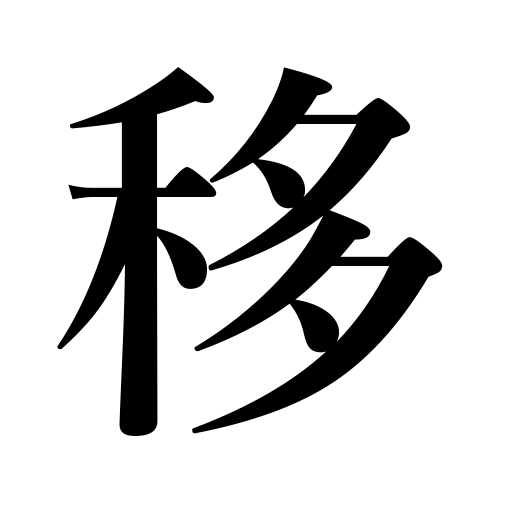
Meanings: pour into,shift,be infected,change,give a disease to someone,divertattention,drift,transfer,catch a cold,catch fire,soak in,move,spread,pass into